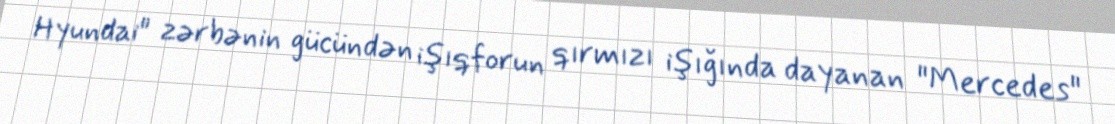
Hyundai" zərbənin gücündən işıqforun qırmızı işığında dayanan "Mercedes"